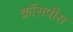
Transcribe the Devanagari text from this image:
क्रॉसपीस